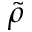
\tilde { \rho }